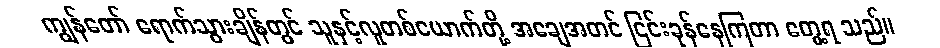
ကျွန်တော် ရောက်သွားချိန်တွင် သူနှင့်လူတစ်ယောက်တို့ အချေအတင် ငြင်းခုန်နေကြတာ တွေ့ရ သည်။